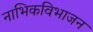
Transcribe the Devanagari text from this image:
नाभिकविभाजन